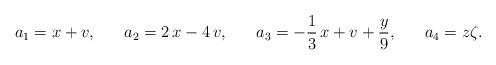
LaTeX: \begin{align*}a_{1}=x+v,\,\,\,\,\,\,\,\,\,\,a_{2}=2\,x-4\,v,\,\,\,\,\,\,\,\,\,\,a_{3}=-\frac{1}{3}\,x+v+\frac{y}{9},\,\,\,\,\,\,\,\,\,\,a_{4}=z\zeta . \end{align*}